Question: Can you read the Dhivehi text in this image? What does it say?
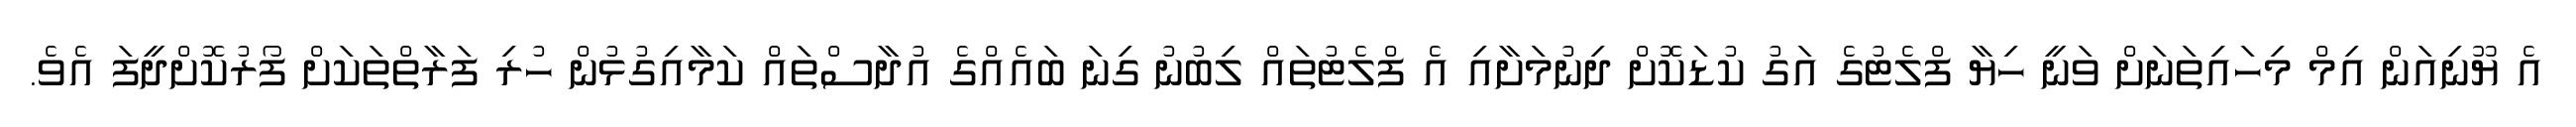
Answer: އެ ޔޫނިއަން އިމް މިހައިތަނަށް ވަނީ ހިޔާ ފްލެޓުގެ އަގު ކުޑަކޮށް ދިނުމަށާއި އެ ފްލެޓުތައް ލިބުނު ގިނަ ބައެއްގެ އުދާސްތައް ކަމާއިގުޅުން ހުރި ފަރާތްތަކަށް ފޯރުކޮށްދީފަ އެވެ.